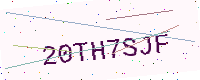
Text: 20TH7SJF